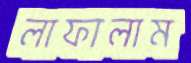
লাফালাম